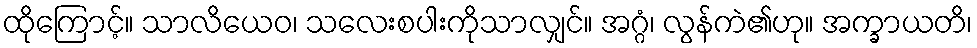
ထိုကြောင့်။ သာလိယေဝ၊ သလေးစပါးကိုသာလျှင်။ အဂ္ဂံ၊ လွန်ကဲ၏ဟု။ အက္ခာယတိ၊